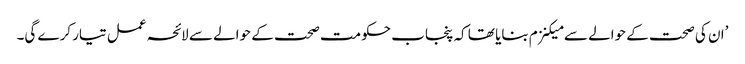
’ان کی صحت کے حوالے سے میکنزم بنایا تھا کہ پنجاب حکومت صحت کے حوالے سے لائحہ عمل تیار کرے گی۔